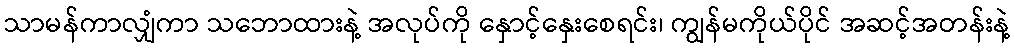
သာမန်ကာလျှံကာ သဘောထားနဲ့ အလုပ်ကို နှောင့်နှေးစေရင်း၊ ကျွန်မကိုယ်ပိုင် အဆင့်အတန်းနဲ့